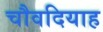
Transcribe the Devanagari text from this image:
चौवदियाह